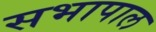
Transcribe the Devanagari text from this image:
सभापाल